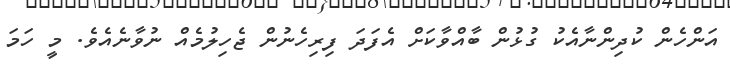
އަންހެން ކުދިންނާއެކު ގުޅުން ބާއްވާކަށް އެފަދަ ފިރިހެނުން ޖެހިލުމެއް ނުވާނެއެވެ. މީ ހަމަ